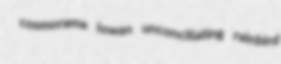
cosmorama lowan unconciliating rainbird